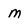
Character: m